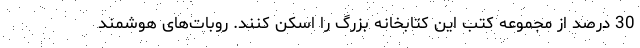
30 درصد از مجموعه کتب این کتابخانه بزرگ را اسکن کنند. روبات‌های هوشمند